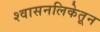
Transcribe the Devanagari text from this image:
श्वासनलिकेतून